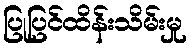
ပြုပြင်ထိန်းသိမ်းမှု